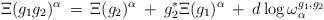
LaTeX: \begin{align*}\Xi(g_1 g_2)^{\alpha} \: = \:\Xi(g_2)^{\alpha} \: + \: g_2^* \Xi(g_1)^{\alpha} \: + \:d \log \omega^{g_1, g_2}_{\alpha}\end{align*}